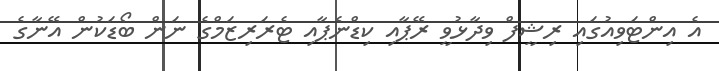
އެ އިންޓަވިއުގައި ރިޝީފް ވިދާޅުވީ ރޭޕާއި ކިޑްނެޕާއި ޓެރަރިޒަމްގެ ނަން ބޯޑަކުން އޭނާގެ